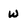
Character: w